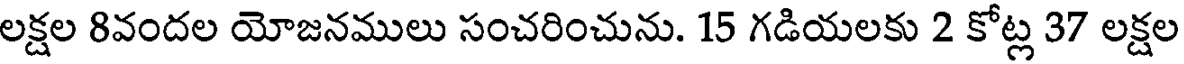
లక్షల 8వందల యోజనములు సంచరించును. 15 గడియలకు 2 కోట్ల 37 లక్షల